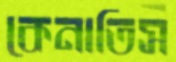
কেনাতিস